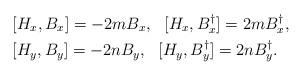
LaTeX: \begin{align*}& [H_x,B_x] = -2mB_x,\ \ [H_x,B_x^\dagger] =2mB_x^\dagger,\\& [H_y,B_y] = -2nB_y,\ \ [H_y,B_y^\dagger] =2nB_y^\dagger.\end{align*}